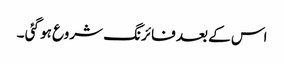
اس کے بعد فائرنگ شروع ہو گئی ۔